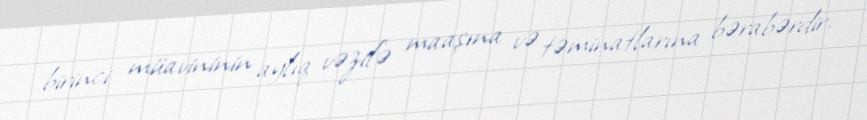
birinci müavininin aylıq vəzifə maaşına və təminatlarına bərabərdir.